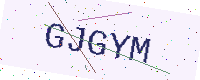
Text: GJGYM